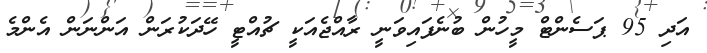
އަދި 95 ޕަސެންޓް މީހުން ބުނެފައިވަނީ ރާއްޖެއަކީ ޗުއްޓީ ހޭދަކުރަން އަންނަން އެންމެ